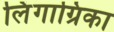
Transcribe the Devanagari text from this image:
लिंगाग्रिका